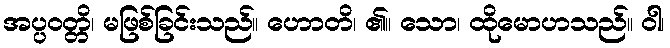
အပ္ပဝတ္တိ၊ မဖြစ်ခြင်းသည်။ ဟောတိ၊ ၏။ သော၊ ထိုမောဟသည်။ ဝါ၊